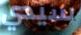
سيدي